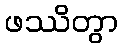
ဖဿိတွာ